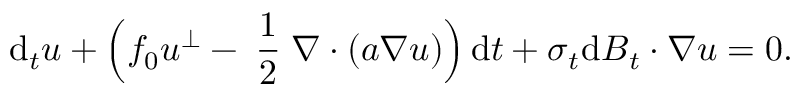
\mathrm { d } _ { t } \boldsymbol { u } + \Big ( f _ { 0 } \boldsymbol { u } ^ { \perp } - \mathrm { \scriptsize ~ \frac { 1 } { 2 } ~ } \boldsymbol { \nabla } \boldsymbol { \cdot } ( \boldsymbol { a } \boldsymbol { \nabla } \boldsymbol { u } ) \Big ) \, \mathrm { d } t + \boldsymbol { \sigma } _ { t } \mathrm { d } \boldsymbol { B } _ { t } \boldsymbol { \cdot } \boldsymbol { \nabla } \boldsymbol { u } = 0 .